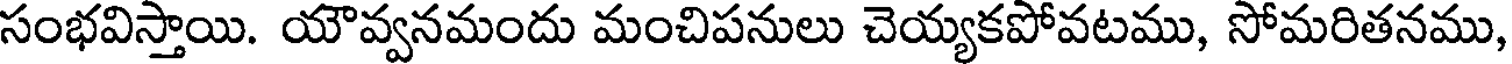
సంభవిస్తాయి. యౌవ్వనమందు మంచిపనులు చెయ్యకపోవటము, సోమరితనము,